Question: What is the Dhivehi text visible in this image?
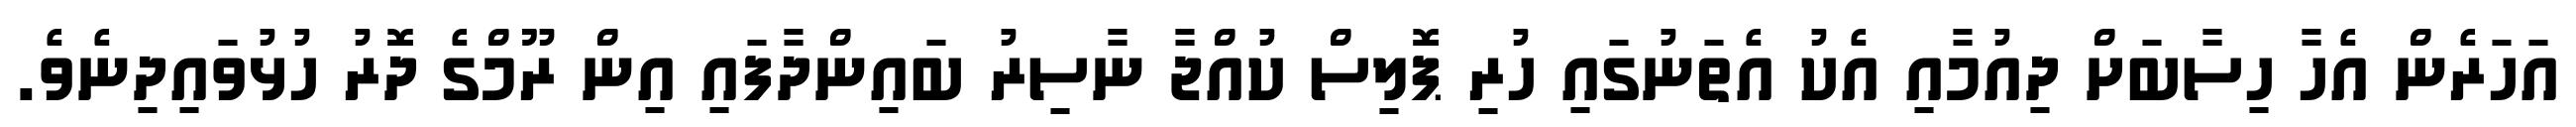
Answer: އަހަރެން އެހާ ހިސާބަށް ދިއުމާއި އެކު އެތަނުގައި ހުރި ޕޮލިސް ކުއްޖާ ނާސިރު ބައިންދާފައި އިން ރޫމްގެ ދޮރު ހުޅުވައިދިނެވެ.